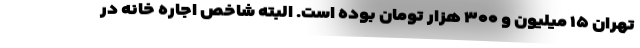
تهران ۱۵ میلیون و ۳۰۰ هزار تومان بوده است. البته شاخص اجاره خانه در